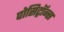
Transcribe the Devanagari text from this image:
पोसिट्रॉन्स